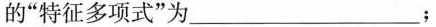
的”特征多项式”为___；